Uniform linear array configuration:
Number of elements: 64
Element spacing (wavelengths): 0.25
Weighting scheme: cosine
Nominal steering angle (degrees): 0
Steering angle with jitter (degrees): -0.778
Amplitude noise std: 0.05
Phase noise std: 0.05

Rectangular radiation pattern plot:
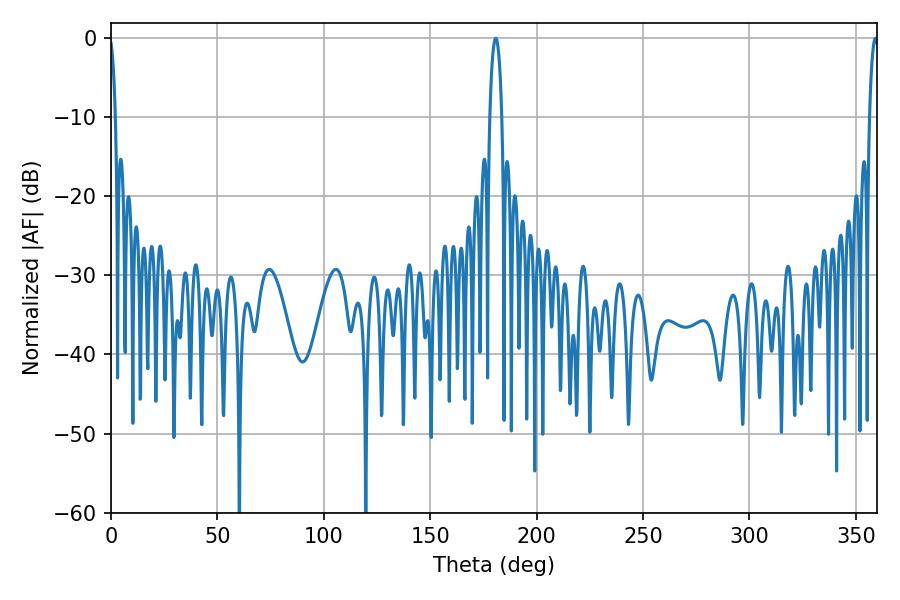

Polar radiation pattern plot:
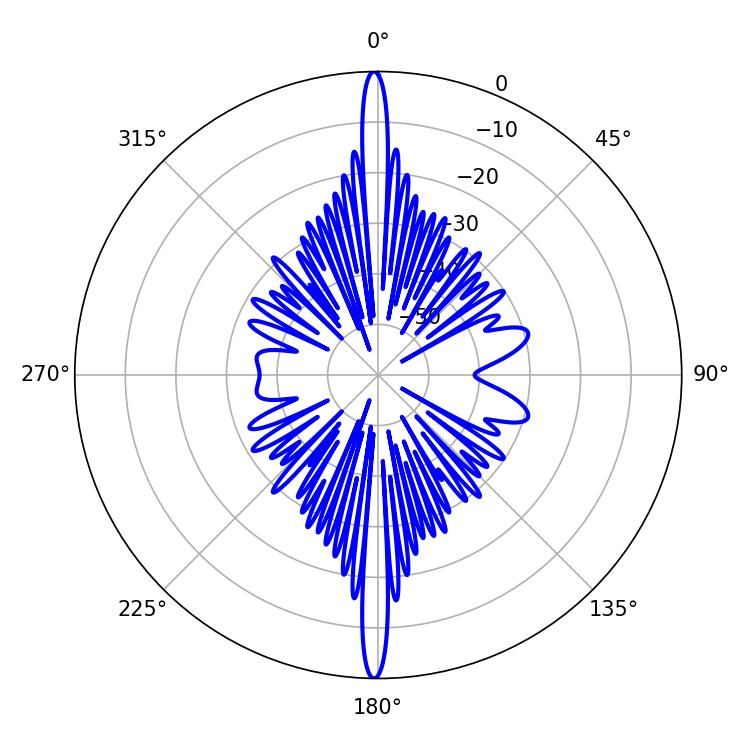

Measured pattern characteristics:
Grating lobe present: FALSE
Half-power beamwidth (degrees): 3.06
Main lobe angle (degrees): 180.72